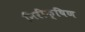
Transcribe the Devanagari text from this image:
निरीक्षिण